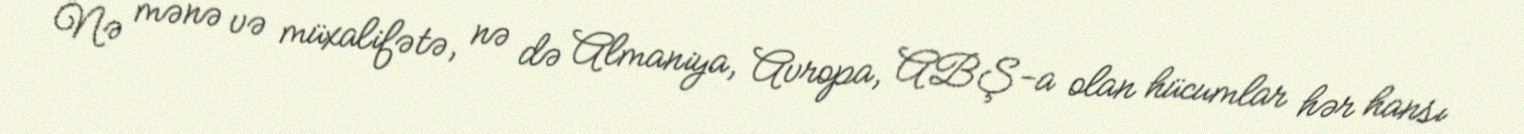
Nə mənə və müxalifətə, nə də Almaniya, Avropa, ABŞ-a olan hücumlar hər hansı